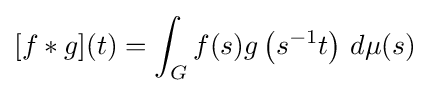
[f*g](t)=\int _{G}f(s)g\left(s^{-1}t\right)\,d\mu (s)